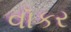
વૉકર